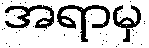
အရာမှ